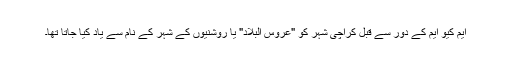
ایم کیو ایم کے دور سے قبل کراچی شہر کو "عروس البلاد" یا روشنیوں کے شہر کے نام سے یاد کیا جاتا تھا۔